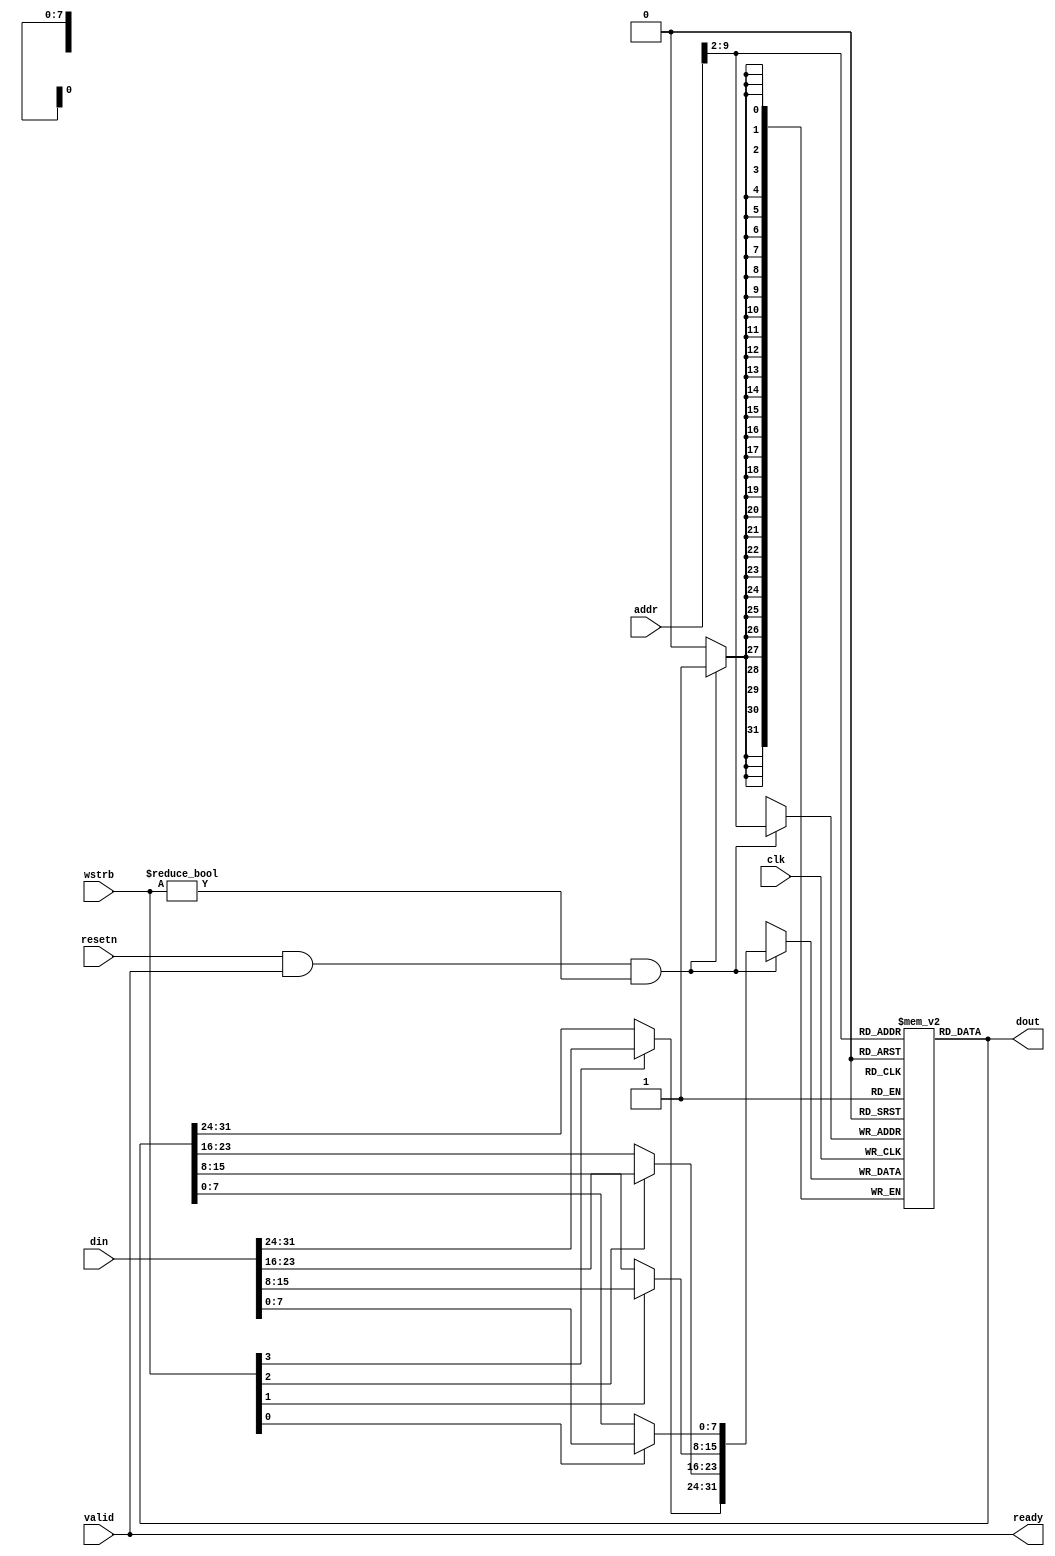
`timescale 1 ns / 1 ps

module fram #(
    parameter ADDR_BITS = 10
) (
    input clk,
    input resetn,
    input valid,
    input [31:0] addr,
    input [31:0] din,
    input [3:0] wstrb,
    output [31:0] dout,
    output ready
);

wire [ADDR_BITS-3:0] idx = addr[ADDR_BITS-1:2];
reg [31:0] fram [(2**(ADDR_BITS-2))-1:0];

wire [31:0] din_masked = {wstrb[3] ? din[31:24] : fram[idx][31:24],
    wstrb[2] ? din[23:16] : fram[idx][23:16],
    wstrb[1] ? din[15:8] : fram[idx][15:8],
    wstrb[0] ? din[7:0] : fram[idx][7:0]};

always @(posedge clk) begin
    if (resetn && valid && wstrb != 4'b0000) begin
        fram[idx] <= din_masked;
    end
end

assign dout = fram[idx];
assign ready = valid; // always ready

endmodule